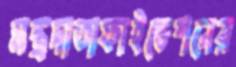
মন্ত্রদাতাফাইন্ডেশনের